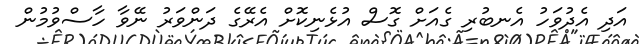
އަދި އެދުވަހު އެނބުރި ގެއަށް ގޮސް އުޅެނިކޮށް އެރޭގެ ދަންވަރު ނޭވާ ހާސްވުމުން